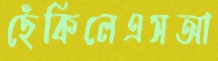
ছেঁকিলেএসআ